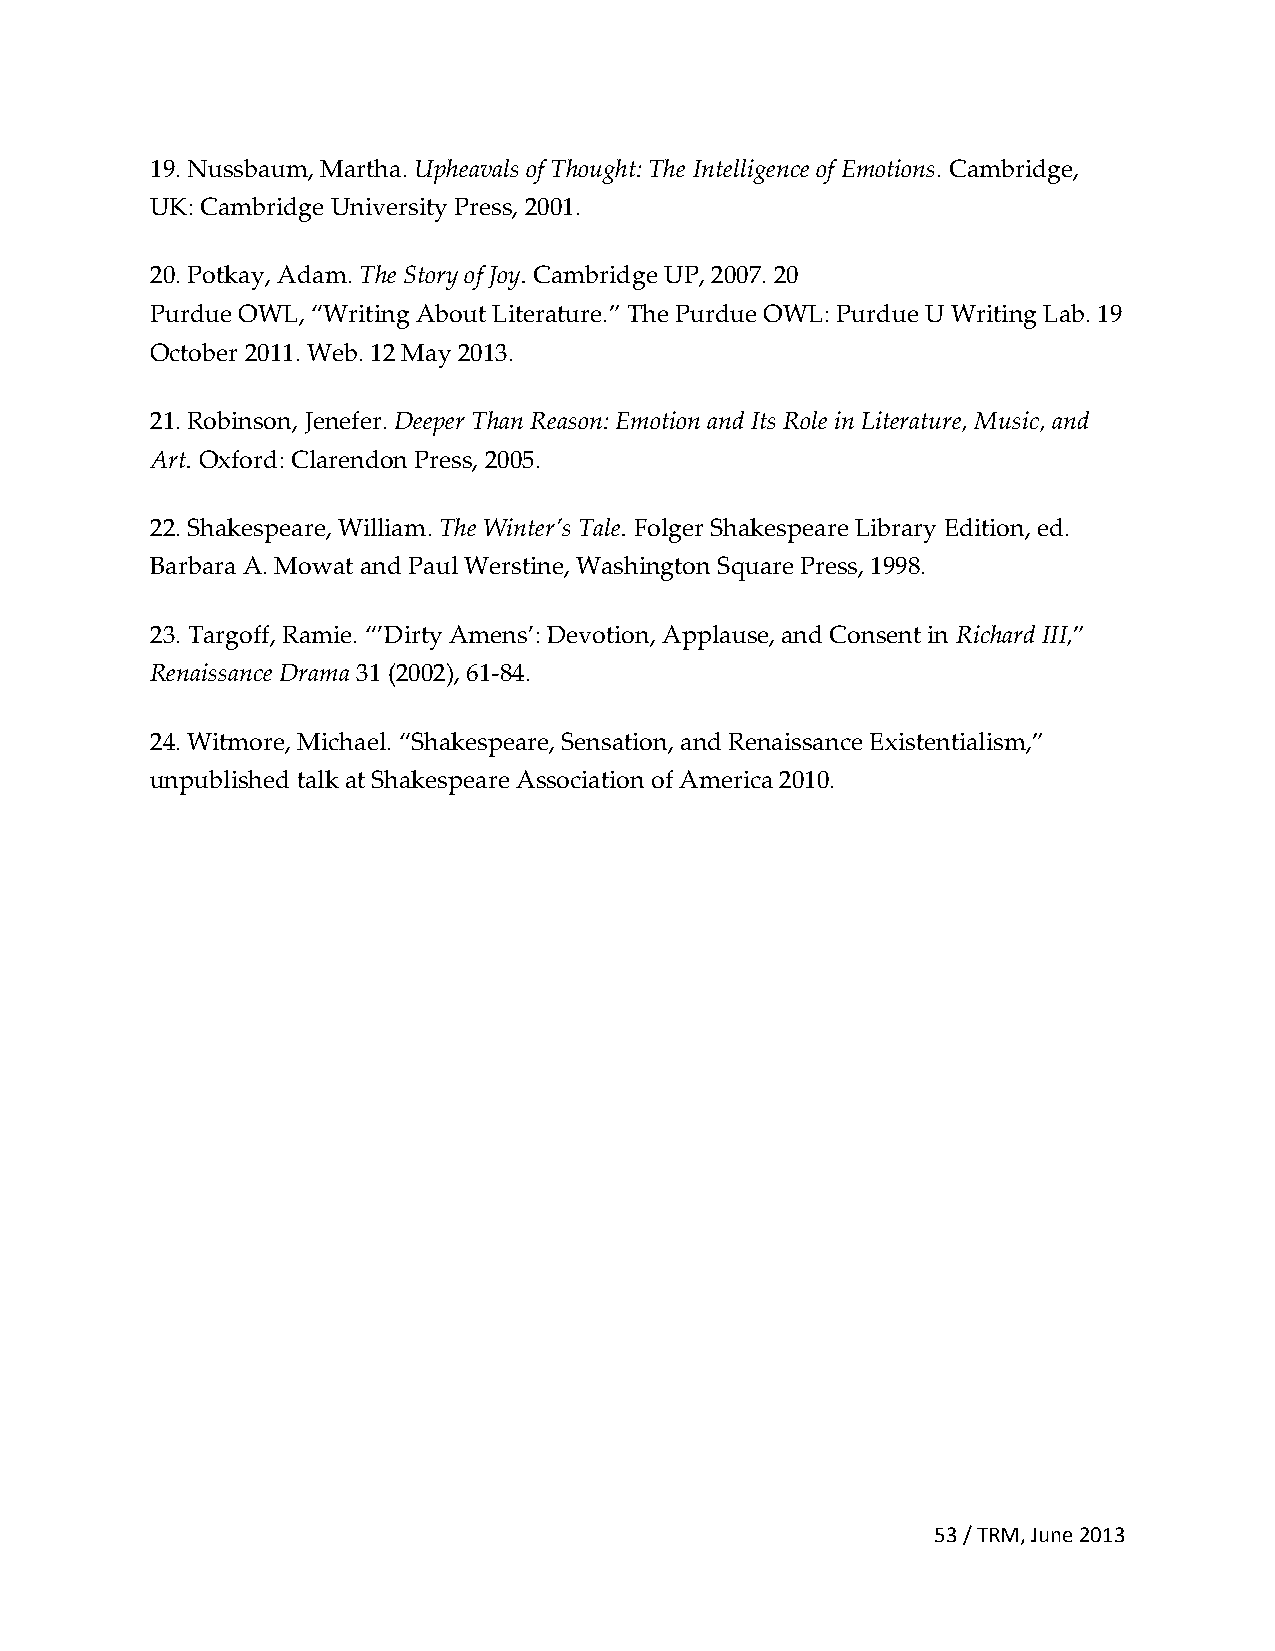
19. Nussbaum, Martha. Upheavals of Thought: The Intelligence of Emotions. Cambridge,
 UK: Cambridge University Press, 2001.
 20. Potkay, Adam. The Story of Joy. Cambridge UP, 2007. 20
 Purdue OWL, “Writing About Literature.” The Purdue OWL: Purdue U Writing Lab. 19
 October 2011. Web. 12 May 2013.
 21. Robinson, Jenefer. Deeper Than Reason: Emotion and Its Role in Literature, Music, and
 Art. Oxford: Clarendon Press, 2005.
 22. Shakespeare, William. The Winter’s Tale. Folger Shakespeare Library Edition, ed.
 Barbara A. Mowat and Paul Werstine, Washington Square Press, 1998.
 23. Targoff, Ramie. “’Dirty Amens’: Devotion, Applause, and Consent in Richard III,”
 Renaissance Drama 31 (2002), 61-84.
 24. Witmore, Michael. “Shakespeare, Sensation, and Renaissance Existentialism,”
 unpublished talk at Shakespeare Association of America 2010.
 53 / TRM, June 2013